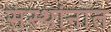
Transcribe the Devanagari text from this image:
संस्थांनात